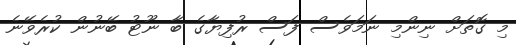
މި ގޮތަށް ނިންމި ނަމަވެސް ފަސް ރުފިޔާގެ ބާ ނޫޓު ބޭނުން ކުރެވޭނެ